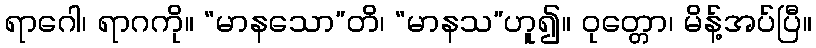
ရာဂေါ၊ ရာဂကို။ “မာနသော”တိ၊ “မာနသ”ဟူ၍။ ဝုတ္တော၊ မိန့်အပ်ပြီ။